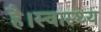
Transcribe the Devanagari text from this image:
है।स्वास्थ्य